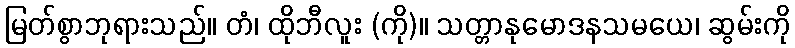
မြတ်စွာဘုရားသည်။ တံ၊ ထိုဘီလူး (ကို)။ သတ္တာနုမောဒနသမယေ၊ ဆွမ်းကို